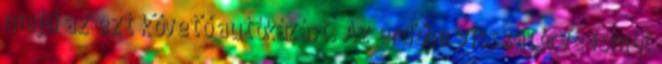
majd az ezt követő autókázást. Az erdőbe visszatérve ismét